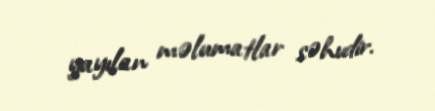
yayılan məlumatlar səhvdir.